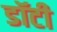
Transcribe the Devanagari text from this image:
डॉटी